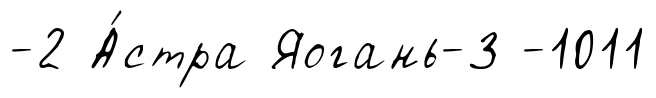
-2 А́стра Яогань-3 -1011